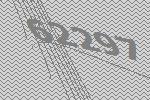
62297